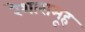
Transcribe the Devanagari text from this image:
रेशासमूह